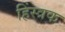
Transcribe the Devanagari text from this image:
हिंस्त्रक